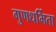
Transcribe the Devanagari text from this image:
गुणधर्मिता